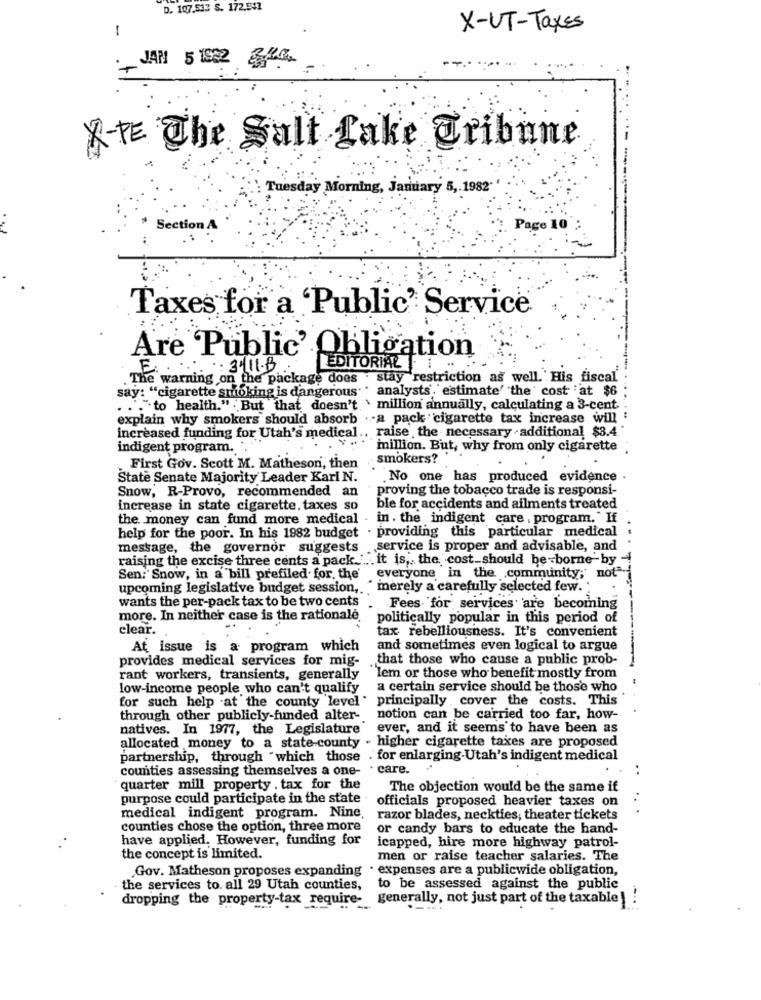
D. 107.513 S. 172.541
1
X-UT-Taxes
JAN 5 1932
A-TE The Salt Lake Tribune
Tuesday Morning, January 5 ,. 1982"
Section A
Page 10
Taxes for a 'Public' Service
Are Public' Obligation
E.
:311.B
EDITORIAL ..
. The warning on the package does . stay restriction as well. His fiscal
say: "cigarette smoking is dangerous . analysts. estimate' 'the' cost at $6
... "to health." But that doesn't \ million annually, calculating a 3-cent. .
explain why smokers should absorb . - a pack cigarette tax increase will :
increased funding for Utah's medical .. raise', the necessary . additional $3.4'
indigent program.
million. But, why from only cigarette .
smokers?
First Gov. Scott M. Matheson, then
State Senate Majority Leader Karl N.
No one has produced evidence .
Snow, R-Provo, recommended an
proving the tobacco trade is responsi-
increase in state cigarette. taxes so
ble for accidents and ailments treated
the money can fund more medical . in. the indigent care , program." If
help for the poor. In his 1982 budget . providing this particular medical
...
message, the governor suggests
.service is proper and advisable, and
raising the excise three cents a pack ..... it is, the cost-should be-borne-by -
Sen: Snow, in a bill prefiled for the' everyone in the community; not"
upcoming legislative budget session ,. " merely a carefully selected few ..
wants the per-pack tax to be two cents
Fees for services are becoming
more. In neither case is the rationale.
politically popular in this period of
clear.
tax rebelliousness. It's convenient
At issue is a program which
and sometimes even logical to argue
provides medical services for mig-
. that those who cause a public prob-
rant workers, transients, generally
"Iem or those who benefit mostly from
low-income people who can't qualify a certain service should be those who
for such help .at the county level "
principally cover the costs. This
through other publicly-funded alter-
notion can be carried too far, how-
natives. In 1977, the Legislature ever, and it seems to have been as
allocated money to a state-county - higher cigarette taxes are proposed
partnership, through "which those . for enlarging-Utah's indigent medical
counties assessing themselves a one-
. care.
..
quarter mill property . tax for the
The objection would be the same if
purpose could participate in the state
officials proposed heavier taxes on
medical indigent program. Nine,
razor blades, neckties, theater tickets
counties chose the option, three more
or candy bars to educate the hand-
have applied. However, funding for
icapped, hire more highway patrol-
the concept is limited.
men or raise teacher salaries. The
· expenses are a publicwide obligation,
Gov. Matheson proposes expanding
the services to. all 29 Utah counties, to be assessed against the public
dropping the property-tax require- generally, not just part of the taxable ! !
----.